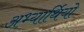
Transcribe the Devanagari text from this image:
अभ्यार्थियो